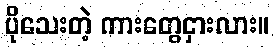
ပိုသေးတဲ့ ကားတွေငှားလား။